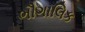
ભૌગાલિક